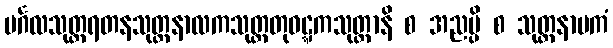
မင်္ဂလသုတ္တရတနသုတ္တနာလကသုတ္တတုဝဋ္ဋကသုတ္တာနိ စ အညမ္ပိ စ သုတ္တနာမကံ